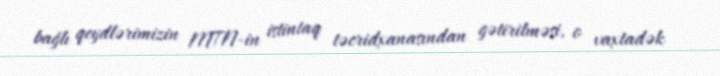
bağlı qeydlərimizin MTN-in istintaq təcridxanasından gətirilməsi, o vaxtadək